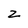
Character: z